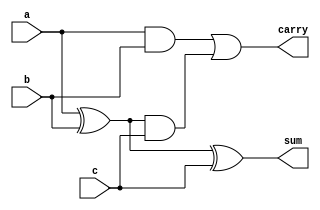
//HW2 part 1
//3:2 adder using verilog "&", "|", "^", "~".

`timescale 1ns/10ps

module block_b(
    input a,
    input b,
    input c,
    output carry,
    output sum
    );

    wire ci, si, ci2;

    assign ci = a & b;
    assign si = a ^ b;
    assign ci2 = si & c;
    assign sum = si ^ c;
    assign carry = ci | ci2;
endmodule